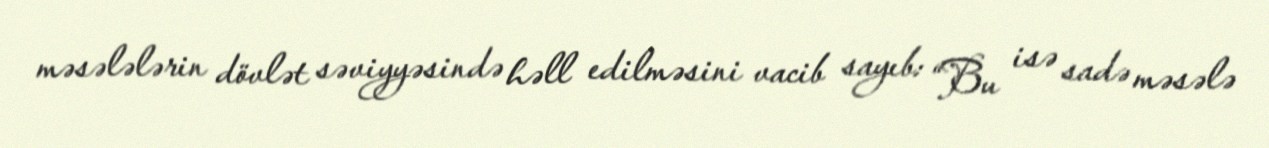
məsələlərin dövlət səviyyəsində həll edilməsini vacib sayıb: “Bu isə sadə məsələ